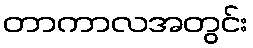
တာကာလအတွင်း